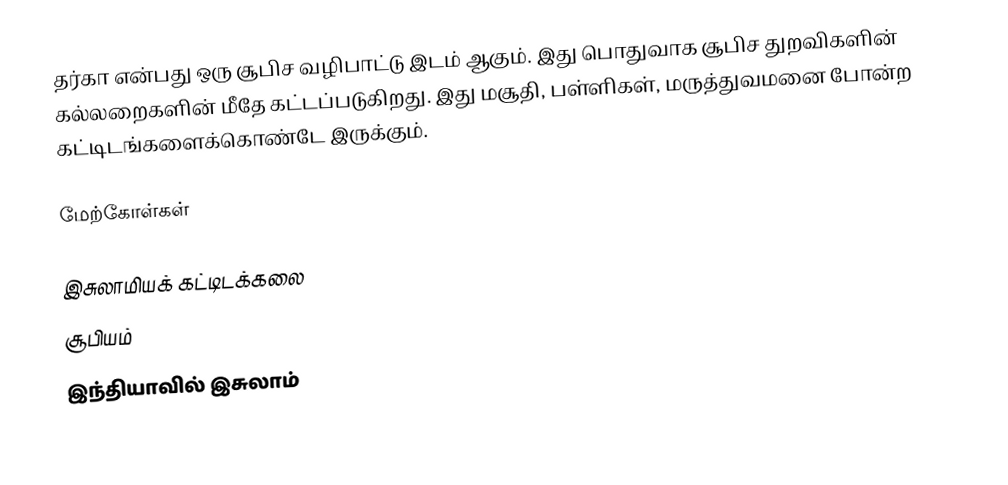
தர்கா என்பது ஒரு சூபிச வழிபாட்டு இடம் ஆகும். இது பொதுவாக சூபிச துறவிகளின் கல்லறைகளின் மீதே கட்டப்படுகிறது. இது மசூதி, பள்ளிகள், மருத்துவமனை போன்ற கட்டிடங்களைக்கொண்டே இருக்கும்.

மேற்கோள்கள்

இசுலாமியக் கட்டிடக்கலை
சூபியம்
இந்தியாவில் இசுலாம்